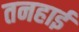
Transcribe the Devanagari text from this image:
तनहाई